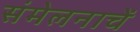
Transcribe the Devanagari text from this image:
संमेलनाचें